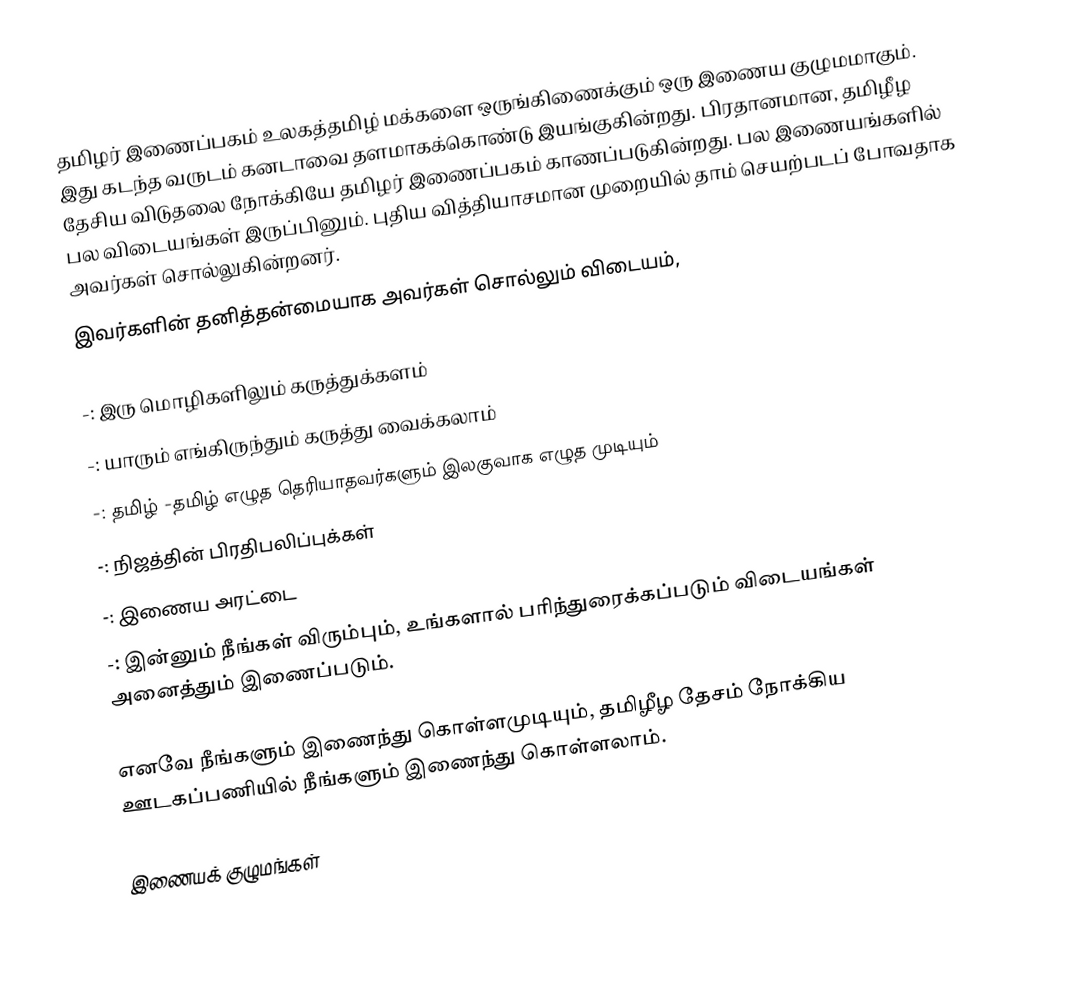
தமிழர் இணைப்பகம் உலகத்தமிழ் மக்களை ஒருங்கிணைக்கும் ஒரு இணைய குழுமமாகும். இது கடந்த வருடம் கனடாவை தளமாகக்கொண்டு இயங்குகின்றது. பிரதானமான, தமிழீழ தேசிய விடுதலை நோக்கியே தமிழர் இணைப்பகம் காணப்படுகின்றது. பல இணையங்களில் பல விடையங்கள் இருப்பினும். புதிய வித்தியாசமான முறையில் தாம் செயற்படப் போவதாக அவர்கள் சொல்லுகின்றனர்.
இவர்களின் தனித்தன்மையாக அவர்கள் சொல்லும் விடையம்,

-: இரு மொழிகளிலும் கருத்துக்களம்
-: யாரும் எங்கிருந்தும் கருத்து வைக்கலாம்
-: தமிழ் -தமிழ் எழுத தெரியாதவர்களும் இலகுவாக எழுத முடியும்
-: நிஜத்தின் பிரதிபலிப்புக்கள்
-: இணைய அரட்டை
-: இன்னும் நீங்கள் விரும்பும், உங்களால் பரிந்துரைக்கப்படும் விடையங்கள் அனைத்தும் இணைப்படும்.

எனவே நீங்களும் இணைந்து கொள்ளமுடியும், தமிழீழ தேசம் நோக்கிய ஊடகப்பணியில் நீங்களும் இணைந்து கொள்ளலாம்.

இணையக் குழுமங்கள்